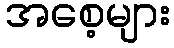
အစေ့များ